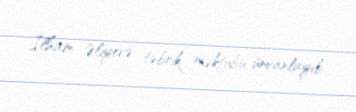
İlham Əliyevə təbrik məktubu ünvanlayıb.